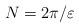
LaTeX: \begin{align*}N=2\pi/\varepsilon\end{align*}